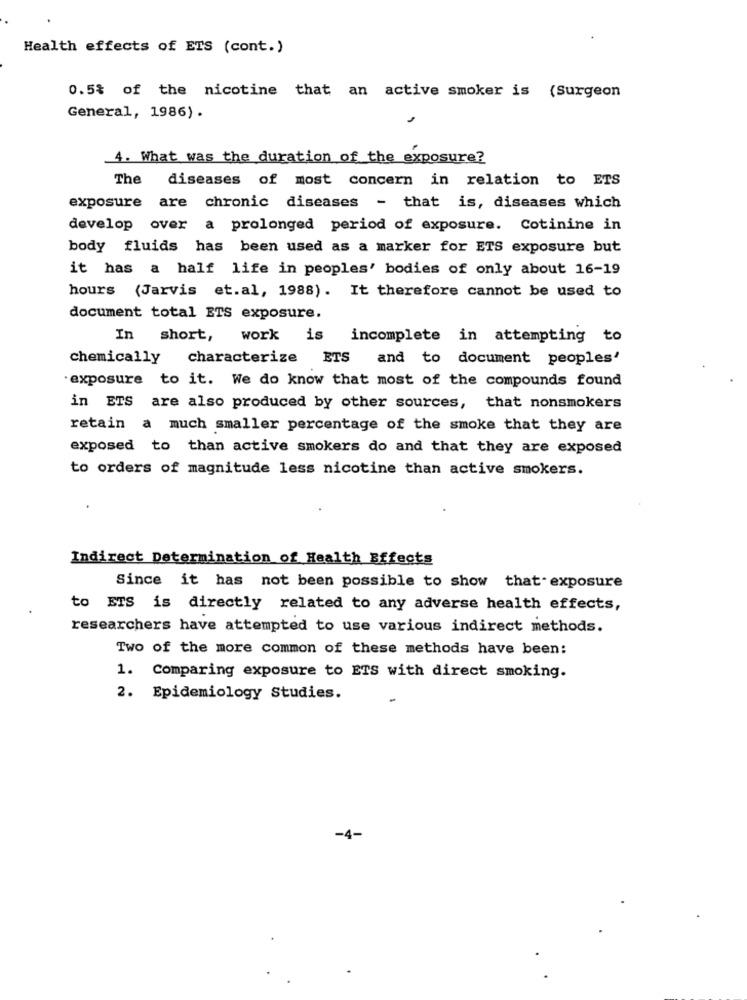
Health effects of ETS (cont.)
0.5% of the nicotine that an active smoker is (Surgeon
General, 1986).
4. What was the duration of the exposure?
The diseases of most concern in relation to ETS
exposure are chronic diseases - that is, diseases which
develop over a prolonged period of exposure. Cotinine in
body fluids has been used as a marker for ETS exposure but
it has a half life in peoples' bodies of only about 16-19
hours (Jarvis et.al, 1988). It therefore cannot be used to
document total ETS exposure.
In
short, work is
incomplete in attempting to
chemically
characterize ETS
and to document peoples'
exposure to it. We do know that most of the compounds found
in ETS are also produced by other sources, that nonsmokers
retain a much smaller percentage of the smoke that they are
exposed to than active smokers do and that they are exposed
to orders of magnitude less nicotine than active smokers.
Indirect Determination of Health Effects
Since it has not been possible to show that- exposure
to ETS is directly related to any adverse health effects,
researchers have attempted to use various indirect methods.
Two of the more common of these methods have been:
1. Comparing exposure to ETS with direct smoking.
2. Epidemiology Studies.
-4-